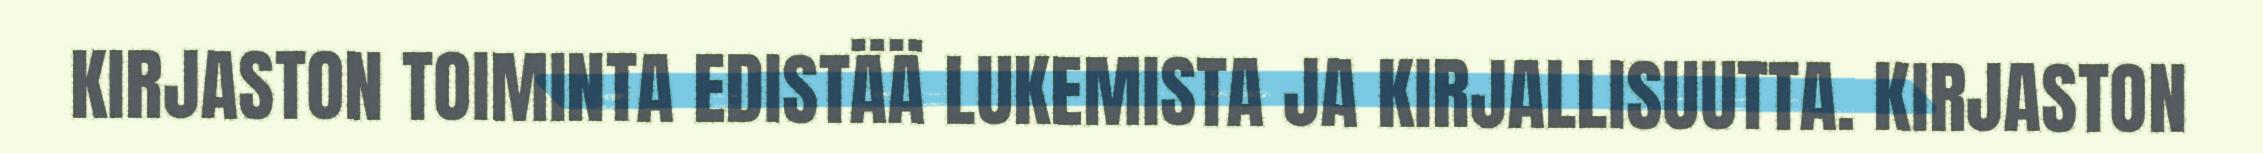
KIRJASTON TOIMINTA EDISTÄÄ LUKEMISTA JA KIRJALLISUUTTA. KIRJASTON